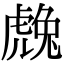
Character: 䖘